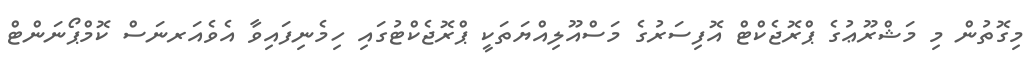
މިގޮތުން މި މަޝްރޫޢުގެ ޕްރޮޖެކްޓް އޮފިސަރުގެ މަސްއޫލިއްޔަތަކީ ޕްރޮޖެކްޓުގައި ހިމެނިފައިވާ އެވެއަރނަސް ކޮމްޕޯނަންޓް